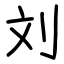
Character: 刘